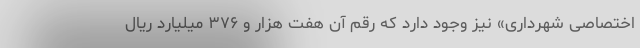
اختصاصی شهرداری» نیز وجود دارد که رقم آن هفت هزار و ۳۷۶ میلیارد ریال